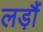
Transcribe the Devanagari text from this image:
लड़ौं